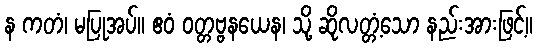
န ကတံ၊ မပြုအပ်။ ဧဝံ ဝတ္တဗ္ဗနယေန၊ သို့ ဆိုလတ္တံ့သော နည်းအားဖြင့်။